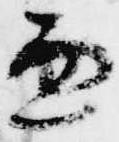
兼